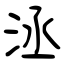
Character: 洆